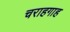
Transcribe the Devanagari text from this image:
चराहगाह